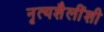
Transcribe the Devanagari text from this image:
नृत्यशैलींशी